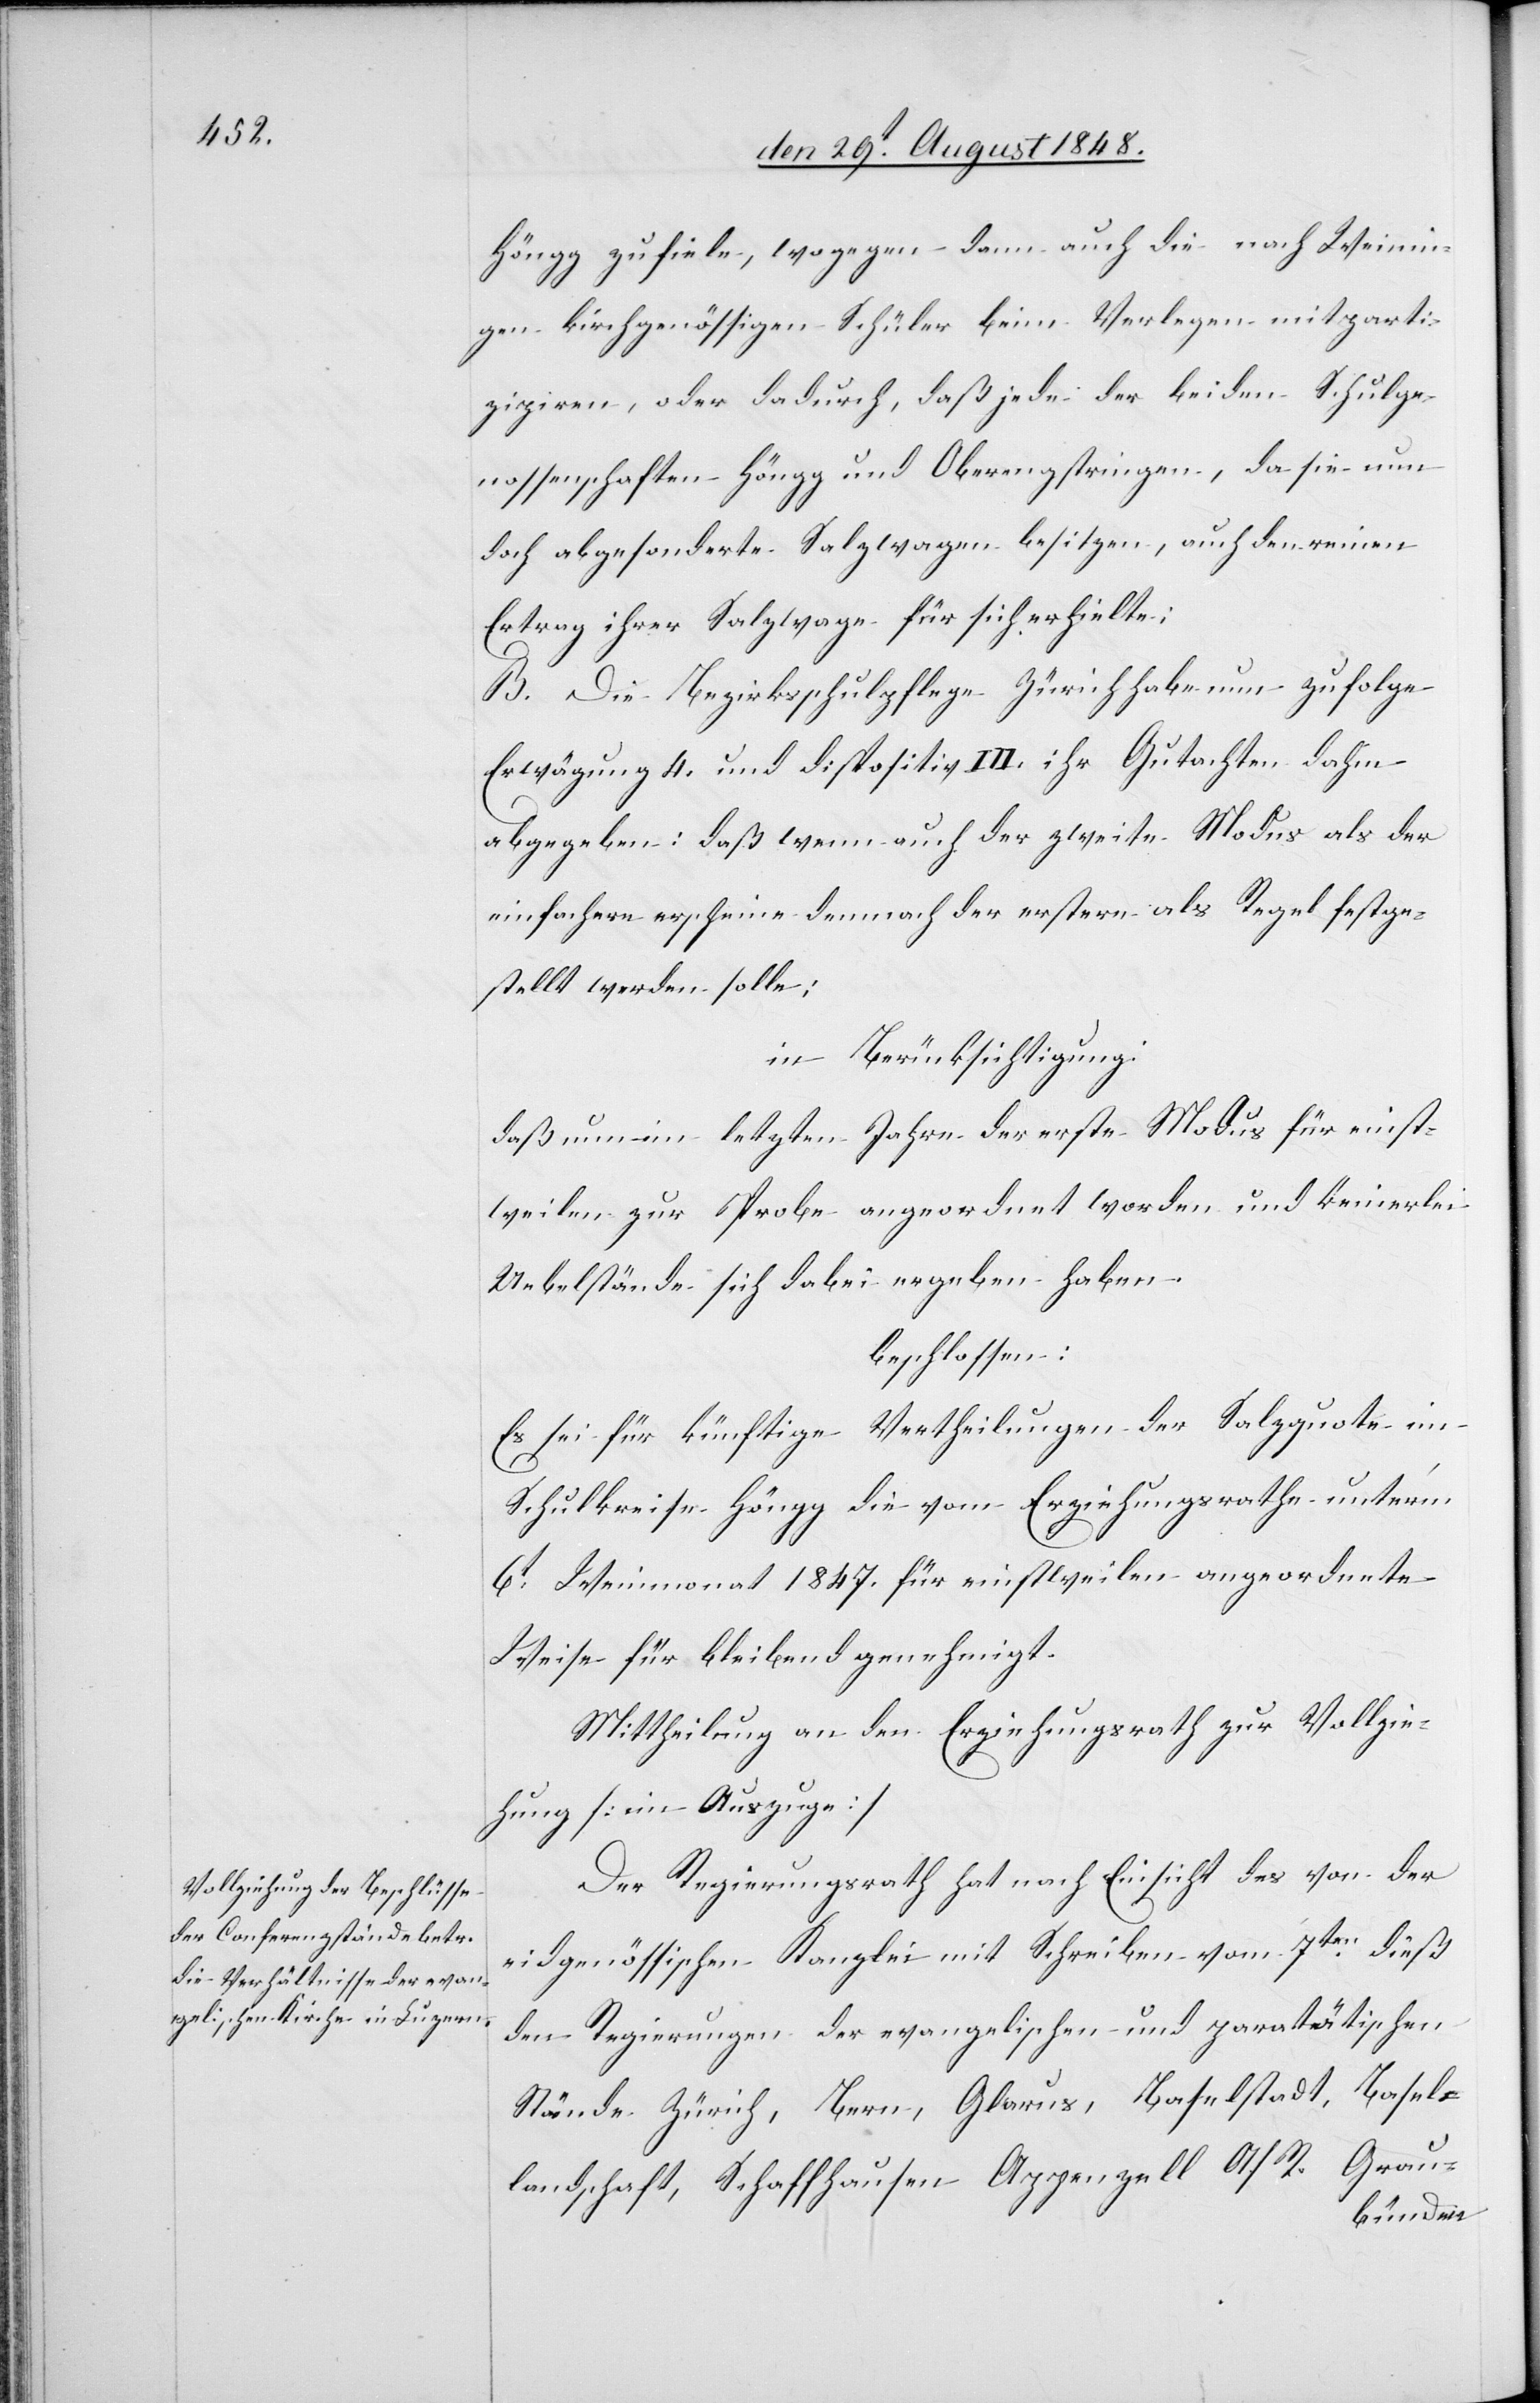
Höngg zu fiele, wogegen dann auch die nach Weinin¬
gen kirchgenössigen Schüler beim Verlegen mitparti¬
zipiren, oder dadurch, daß jede der beiden Schulge¬
nossenschaften Höngg und Oberengstringen, da sie nun
doch abgesonderte Salzwagen besitzen, auch den reinen
Ertrag ihrer Salzwage für sich erhielte;
B. Die Bezirksschulpflege Zürich habe nun zufolge
Erwägung 4. und Dispositiv III. ihr Gutachten dahin
abgegeben: daß wenn auch der zweite Modus als der
einfachere erscheine demnach der erstere als Regel festge¬
stellt werden solle;
in Berücksichtigung:
daß nun im letzten Jahre der erste Modus für einst¬
weilen zur Probe angeordnet worden und keinerlei
Uebelstände sich dabei ergeben haben.
beschlossen:
Es sei für künftige Vertheilungen der Salzquote im
Schulkreise Höngg die vom Erziehungsrathe unter’m
6t Weinmonat 1847. für einstweilen angeordnete
Weise für bleibend genehmigt.
Mittheilung an den Erziehungsrath zur Vollzie¬
hung [im Auszuge].
Der Regierungsrath hat nach Einsicht des von der
eidgenössischen Kanzlei mit Schreiben vom 7ten dieß
den Regierungen der evangelischen und paratätischen
Stände Zürich, Bern, Glarus, Baselstadt, Basel¬
landschaft, Schaffhausen Appenzell A/R. Grau-